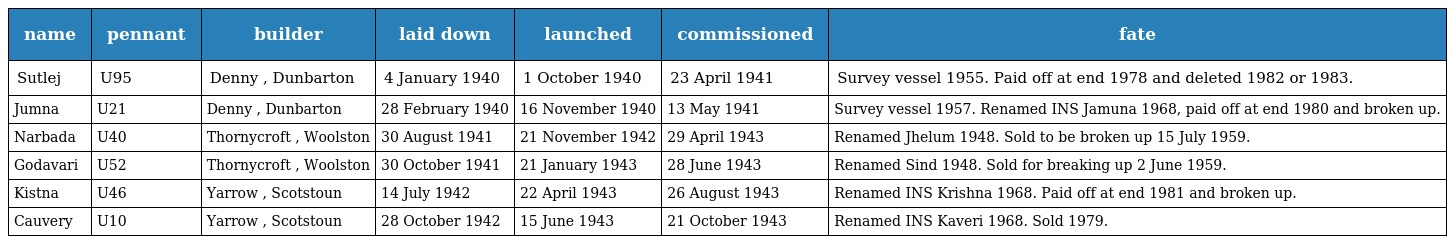
| name | pennant | builder | laid down | launched | commissioned | fate |
 | --- | --- | --- | --- | --- | --- | --- |
 | Sutlej | U95 | Denny , Dunbarton | 4 January 1940 | 1 October 1940 | 23 April 1941 | Survey vessel 1955. Paid off at end 1978 and deleted 1982 or 1983. |
 | Jumna | U21 | Denny , Dunbarton | 28 February 1940 | 16 November 1940 | 13 May 1941 | Survey vessel 1957. Renamed INS Jamuna 1968, paid off at end 1980 and broken up. |
 | Narbada | U40 | Thornycroft , Woolston | 30 August 1941 | 21 November 1942 | 29 April 1943 | Renamed Jhelum 1948. Sold to be broken up 15 July 1959. |
 | Godavari | U52 | Thornycroft , Woolston | 30 October 1941 | 21 January 1943 | 28 June 1943 | Renamed Sind 1948. Sold for breaking up 2 June 1959. |
 | Kistna | U46 | Yarrow , Scotstoun | 14 July 1942 | 22 April 1943 | 26 August 1943 | Renamed INS Krishna 1968. Paid off at end 1981 and broken up. |
 | Cauvery | U10 | Yarrow , Scotstoun | 28 October 1942 | 15 June 1943 | 21 October 1943 | Renamed INS Kaveri 1968. Sold 1979. |